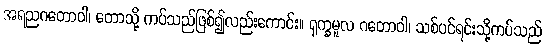
အရညဂတောဝါ၊ တောသို့ ကပ်သည်ဖြစ်၍လည်းကောင်း။ ရုက္ခမူလ ဂတောဝါ၊ သစ်ပင်ရင်းသို့ကပ်သည်